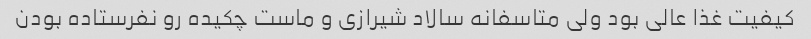
کیفیت غذا عالی بود ولی متاسفانه سالاد شیرازی و ماست چکیده رو نفرستاده بودن